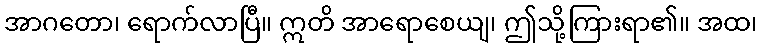
အာဂတော၊ ရောက်လာပြီ။ ဣတိ အာရောစေယျ၊ ဤသို့ကြားရာ၏။ အထ၊